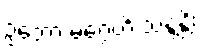
ဥဘော မဂ္ဂေဟိ သန္ဒန္တိ၊